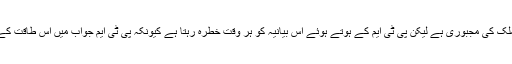
ڈی فیکٹو سسٹم کے ساتھ کام چلانا ملک کی مجبوری ہے لیکن پی ٹی ایم کے ہوتے ہوئے اس بیانیہ کو ہر وقت خطرہ رہتا ہے کیونکہ پی ٹی ایم جواب میں اس طاقت کے اپنے کاموں پر سوال اٹھا دیتی ہے۔